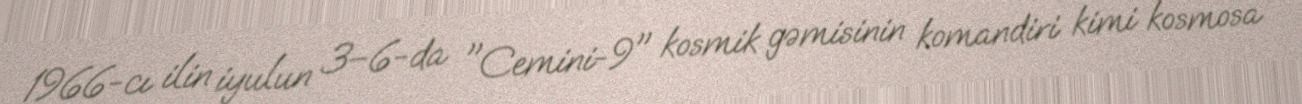
1966-cı ilin iyulun 3–6-da "Cemini-9" kosmik gəmisinin komandiri kimi kosmosa